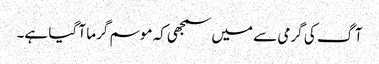
آگ کی گرمی سے میں سمجھی کہ موسم گرما آ گیا ہے۔